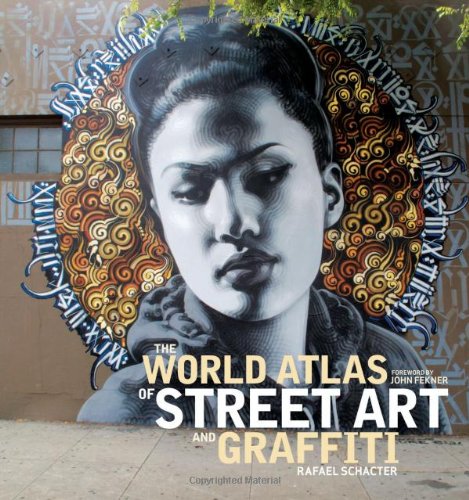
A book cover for The World Atlas of Street Art and Graffiti; Rafael Schacter; Arts & Photography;